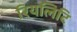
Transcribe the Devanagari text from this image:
रियलिटि